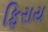
ફિરાય